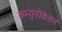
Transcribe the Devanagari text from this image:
कम्युनीकेशन